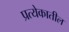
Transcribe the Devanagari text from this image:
प्रत्येकातील